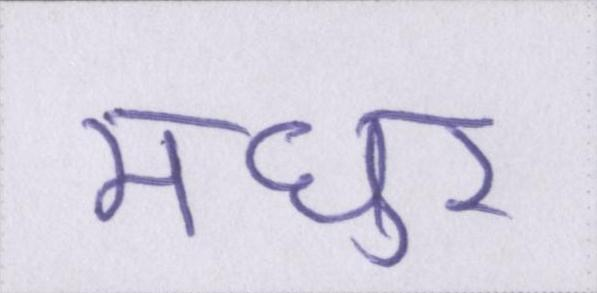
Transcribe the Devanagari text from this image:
मधुर